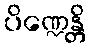
ပိဏ္ဍေန္တိ